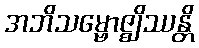
အဘိသမ္ဗောဇ္ဈိဿန္တိ